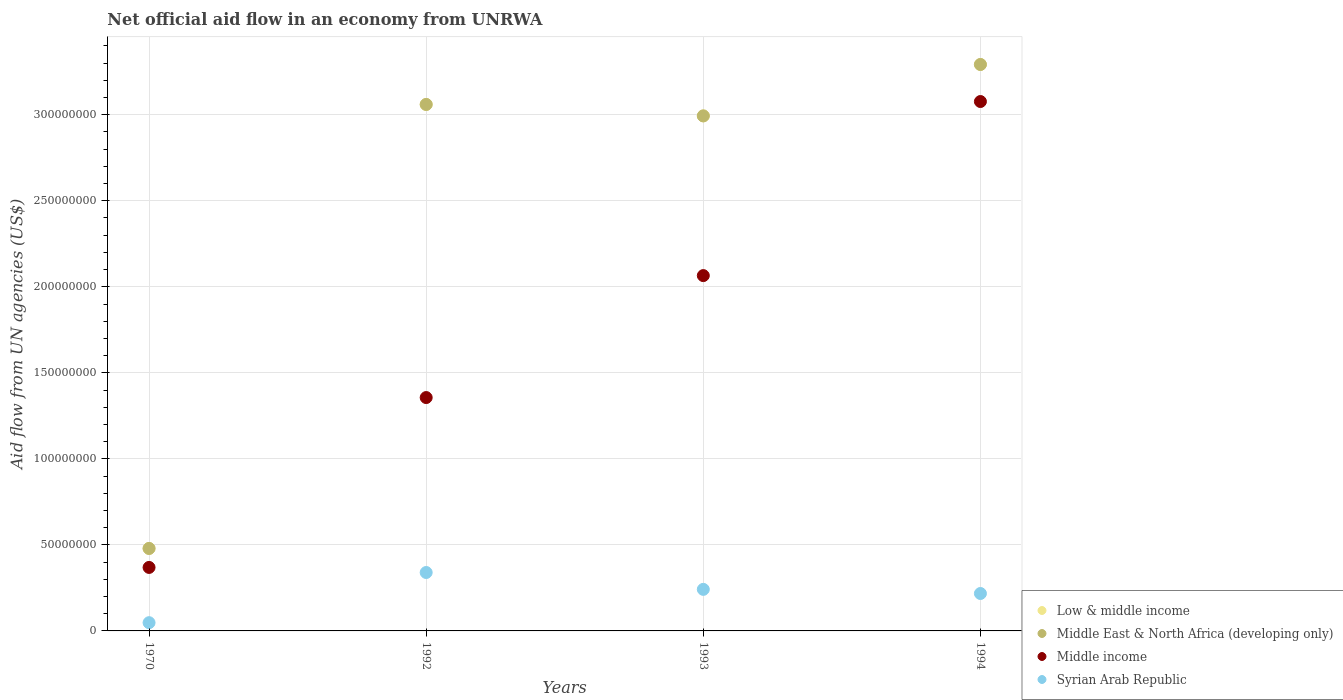
| Years | Low & middle income | Middle East & North Africa (developing only) | Middle income | Syrian Arab Republic |
 | --- | --- | --- | --- | --- |
 | 1970 | 4.79e+07 | 4.79e+07 | 3.69e+07 | 4.79e+06 |
 | 1992 | 3.06e+08 | 3.06e+08 | 1.36e+08 | 3.4e+07 |
 | 1993 | 2.99e+08 | 2.99e+08 | 2.07e+08 | 2.42e+07 |
 | 1994 | 3.29e+08 | 3.29e+08 | 3.08e+08 | 2.18e+07 |